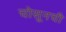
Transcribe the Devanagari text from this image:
चोसूनची